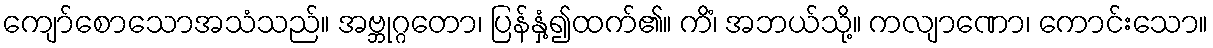
ကျော်စောသောအသံသည်။ အဗ္ဘုဂ္ဂတော၊ ပြန်နှံ့၍ထက်၏။ ကိံ၊ အဘယ်သို့။ ကလျာဏော၊ ကောင်းသော။